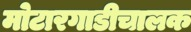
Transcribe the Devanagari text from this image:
मोटारगाडीचालक